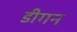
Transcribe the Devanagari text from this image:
डीगन